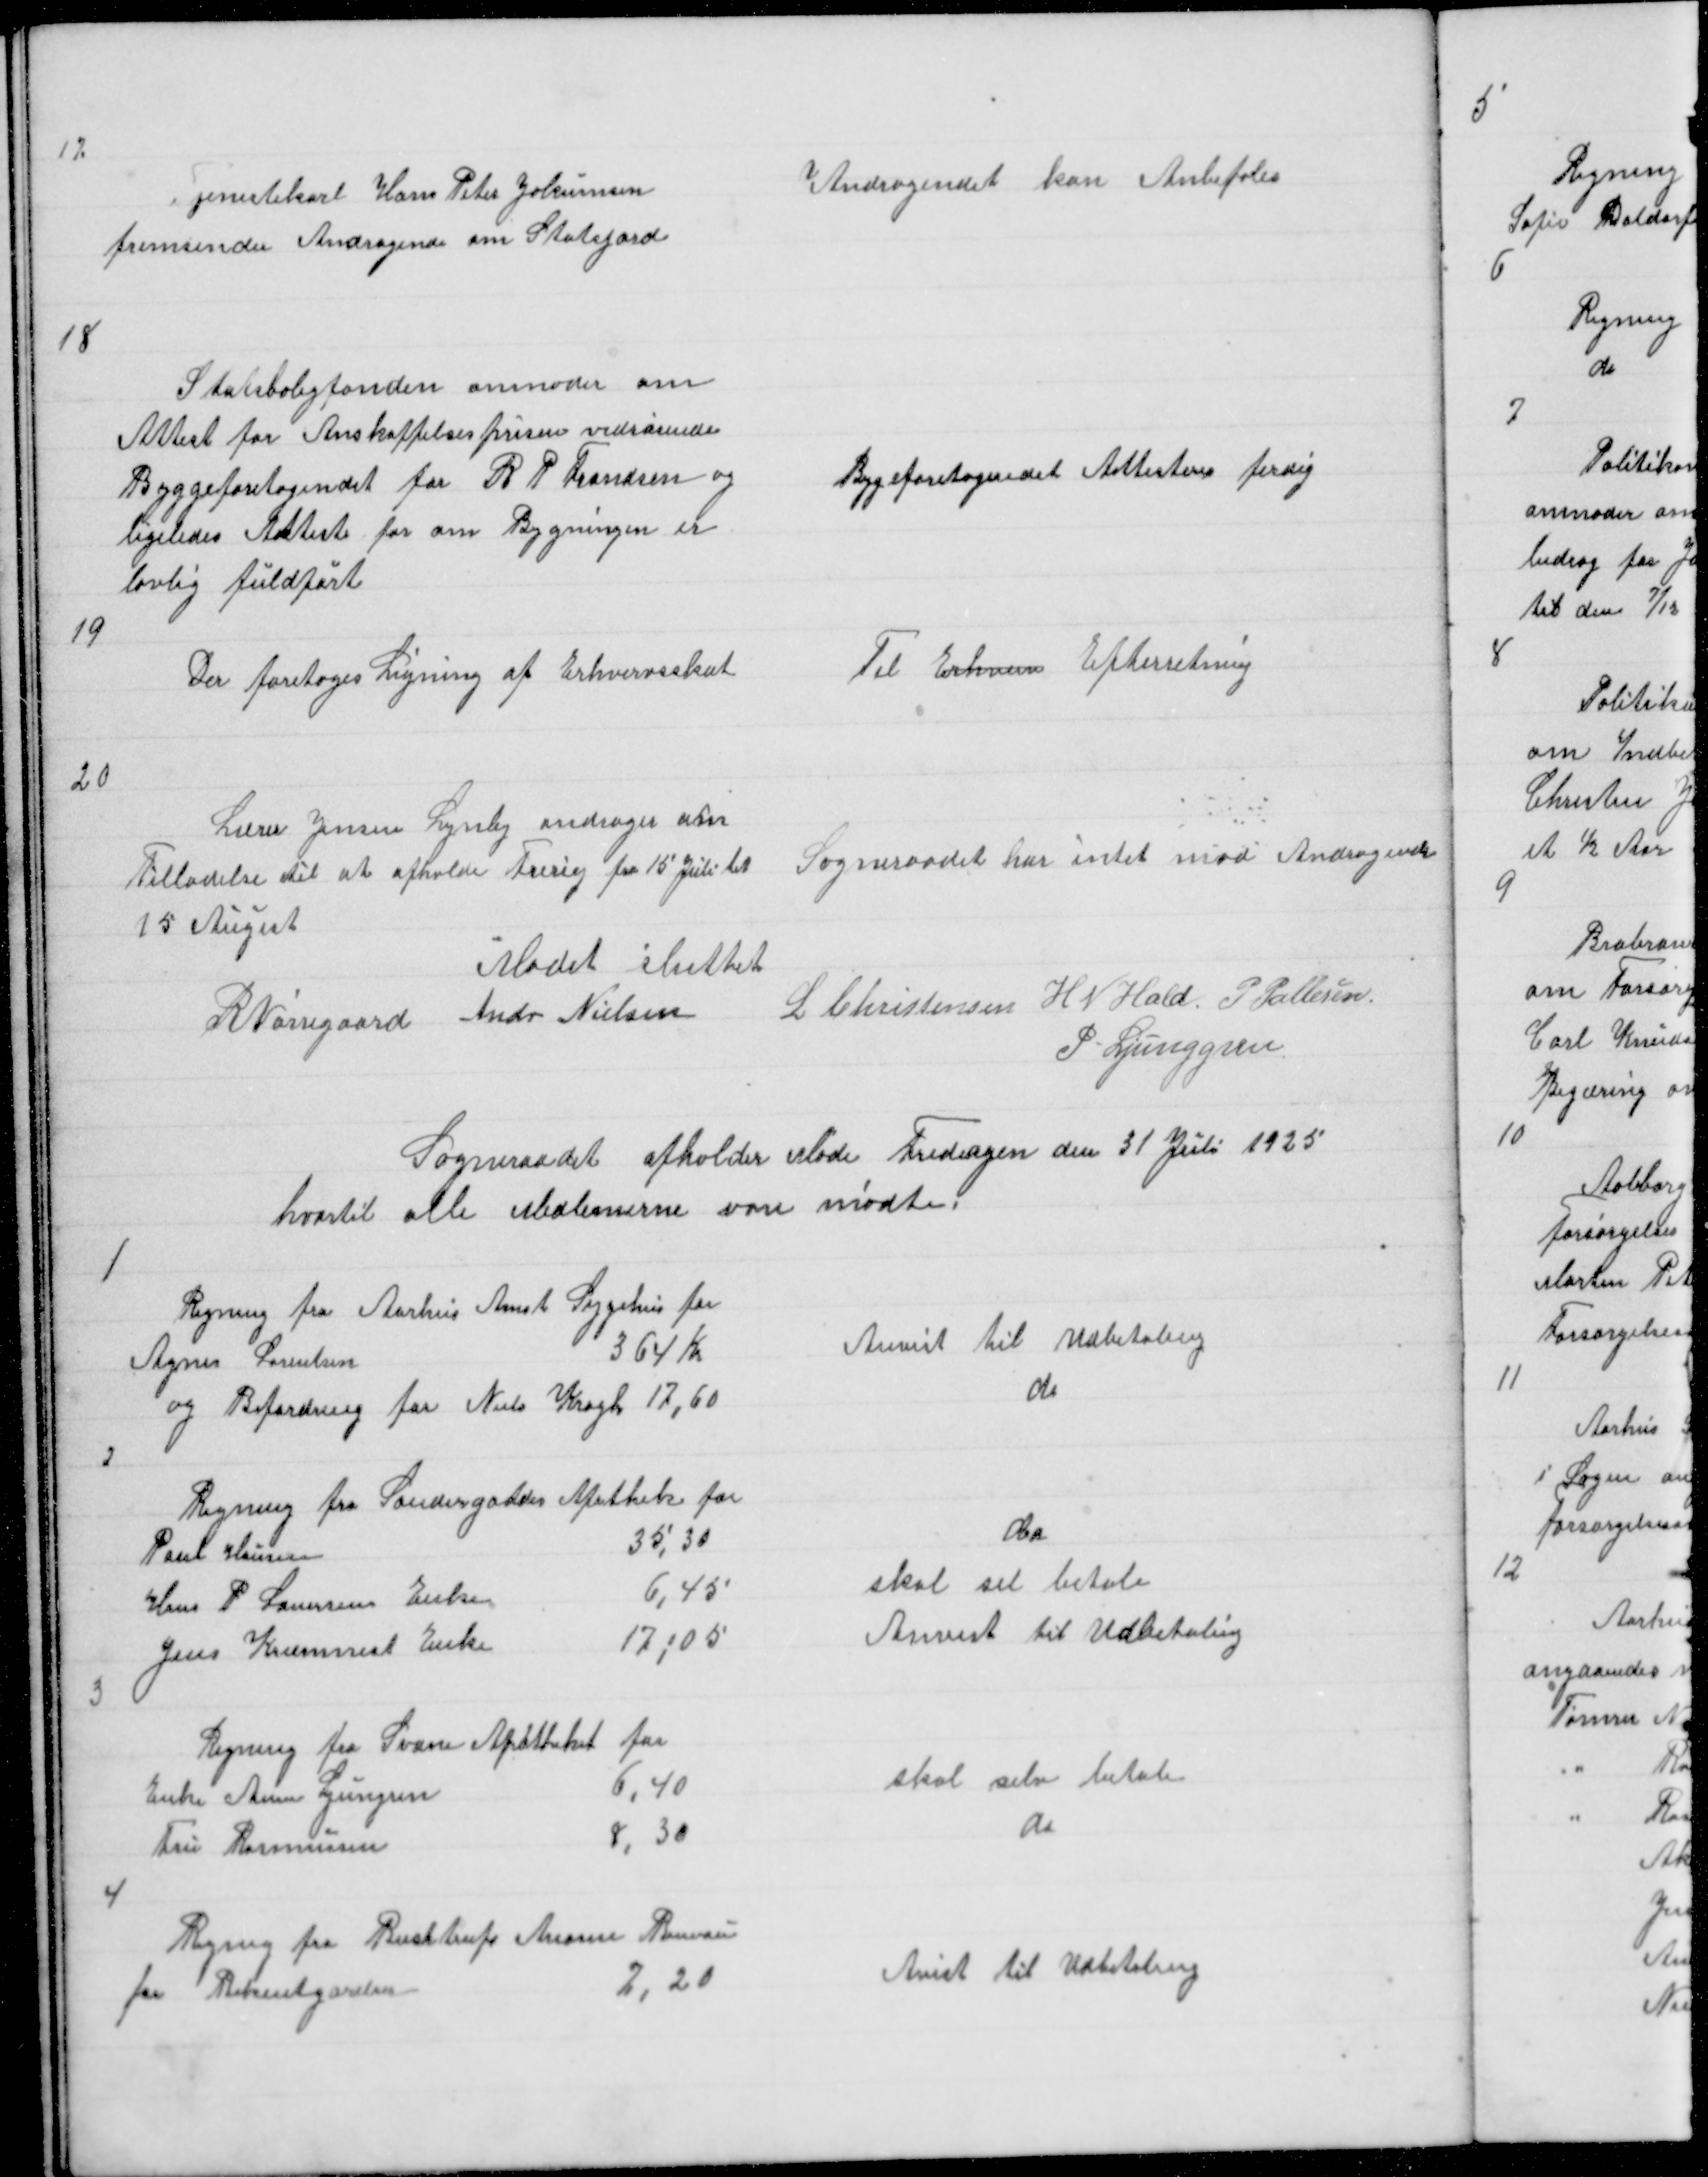
Transskription:
17

Tjenestekarl Hans Peter Jokumsen
fremsender Andragende om Statsjord

Andragendet kan Anbefales

18

Statsbolgfonden anmoder om
Attest for Anskaffelsesprisen vedrørende
Byggeforetagendet for R P Frandsen og
ligeledes Attest for om Bygningen er
lovlig fuldført

Bygeforetagendet Attesterne ferdig

19

Der foretoges Ligning af Erhvervsskat

Til Erhverv Efterretning

20

Lærer Jensen Lynby andrager om
Tilladelse til at afholde Frerig fra 15 Juli til
15 August
Mødet sluttet

Sogneraadet har intet mod Andragende

R Nørregaard Andr Nielsen

L Christensen H N Hald P Pallesen
P Ljunggren

Sogneraadet afholder Møde Fredagen den 31 Juli 1925
hvortil alle Medlemerne vare mødte

1

Regning fra Aarhus Amt Sygehus for
Agnes Lorentsen
364 Kr
og Befordring for Niels Krogh 17,60

Anvist til Udbetaling
do

2

Regning fra Søndergades Apothek for
Poul Hansen
35,30
Hans P Lauersens Enke
6,45
Jens Kræmmers Enke
17,05

do
skal sel betale
Anvist til Udbetaling

3

Regning fra Svane Apotheket for
Enke Anne Ljungren
6,40
Fru Rasmussen
8,30

Skal selv betale
do

4

Regnig fra Buchtrups Anonse Bureau
for Bekentgørelser
7,20

Avist til Udbetaling